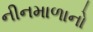
નીનમાળાનો